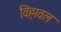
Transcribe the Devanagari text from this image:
विह्मवल